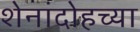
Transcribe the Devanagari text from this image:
शेनांदोहच्या